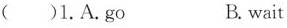
( )1.A.go B. wait